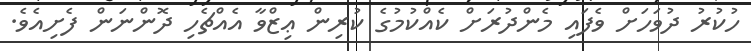
ހުކުރު ދުވަހަށް ވެފައި މެންދުރަށް ކެއްކުމުގެ ކުރިން ޢިޒްވާ އެއްޗެހި ދޮންނަން ފެށިއެވެ.